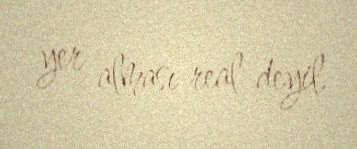
yer alması real deyil.